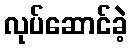
လုပ်ဆောင်ခဲ့